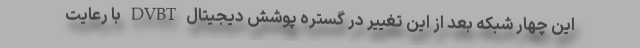
این چهار شبکه بعد از این تغییر در گستره پوشش دیجیتال DVBT با رعایت